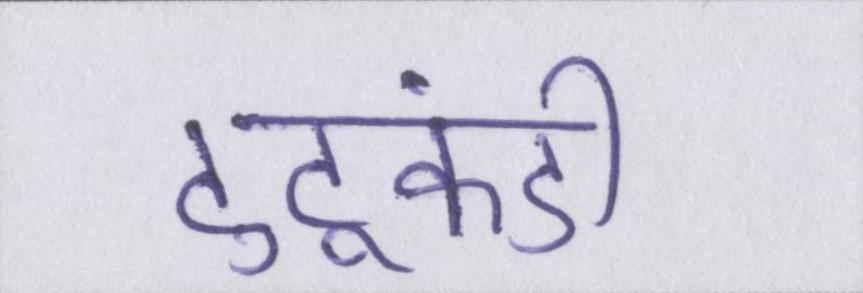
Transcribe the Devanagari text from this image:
टुटूकंडी